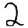
Digit: 2